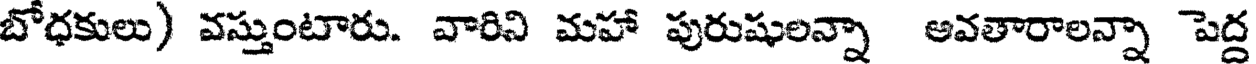
బోధకులు) వస్తుంటారు. వారిని మహా పురుషులన్నా అవతారాలన్నా పెద్ద